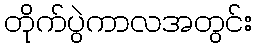
တိုက်ပွဲကာလအတွင်း